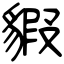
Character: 貑